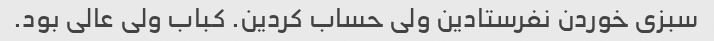
سبزی خوردن نفرستادین ولی حساب کردین. کباب ولی عالی بود.